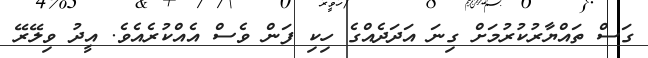
ގަސް ތައްޔާރުކުރުމަށް ގިނަ އަދަދެއްގެ ހިކި ފަން ވެސް އެއްކުރެއެވެ. އީދު ވިލޭރޭ